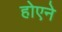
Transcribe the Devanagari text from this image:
होएने